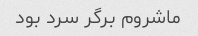
ماشروم برگر سرد بود